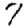
Digit: 7